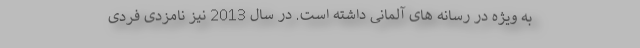
به ویژه در رسانه های آلمانی داشته است. در سال 2013 نیز نامزدی فردی